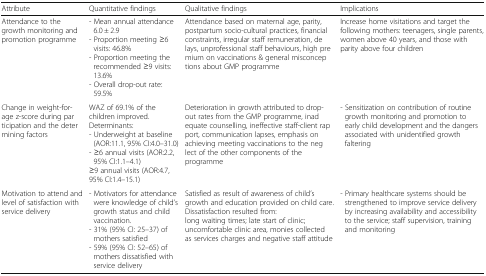
<table><thead><tr><td><b>Attribute</b></td><td><b>Quantitative findings</b></td><td><b>Qualitative findings</b></td><td><b>Implications</b></td></tr></thead><tbody><tr><td>Attendance to the growth monitoring and promotion programme</td><td>- Mean annual attendance 6.0 ± 2.9- Proportion meeting ≥6 visits: 46.8%- Proportion meeting the recommended ≥9 visits: 13.6%- Overall drop-out rate: 59.5%</td><td>Attendance based on maternal age, parity, postpartum socio-cultural practices, financial constraints, irregular staff remuneration, delays, unprofessional staff behaviours, high premium on vaccinations &amp; general misconceptions about GMP programme</td><td>Increase home visitations and target the following mothers: teenagers, single parents, women above 40 years, and those with parity above four children</td></tr><tr><td>Change in weight-for-age z-score during participation and the determining factors</td><td>WAZ of 69.1% of the children improved.Determinants:- Underweight at baseline (AOR:11.1, 95% CI:4.0–31.0)- ≥6 annual visits (AOR:2.2, 95% CI:1.1–4.1)≥9 annual visits (AOR:4.7, 95% CI:1.4–15.1)</td><td>Deterioration in growth attributed to drop-out rates from the GMP programme, inadequate counselling, ineffective staff-client rapport, communication lapses, emphasis on achieving meeting vaccinations to the neglect of the other components of the programme</td><td>- Sensitization on contribution of routine growth monitoring and promotion to early child development and the dangers associated with unidentified growth faltering</td></tr><tr><td>Motivation to attend and level of satisfaction with service delivery</td><td>- Motivators for attendance were knowledge of child’s growth status and child vaccination.- 31% (95% CI: 25–37) of mothers satisfied- 59% (95% CI: 52–65) of mothers dissatisfied with service delivery</td><td>Satisfied as result of awareness of child’s growth and education provided on child care.Dissatisfaction resulted from:long waiting times; late start of clinic; uncomfortable clinic area, monies collected as services charges and negative staff attitude</td><td>- Primary healthcare systems should be strengthened to improve service delivery by increasing availability and accessibility to the service; staff supervision, training and monitoring</td></tr></tbody></table>